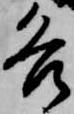
各